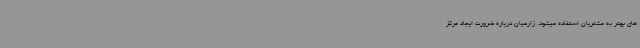
های بهتر به مشتریان استفاده میشود. زارعیان درباره ضرورت ایجاد مرکز